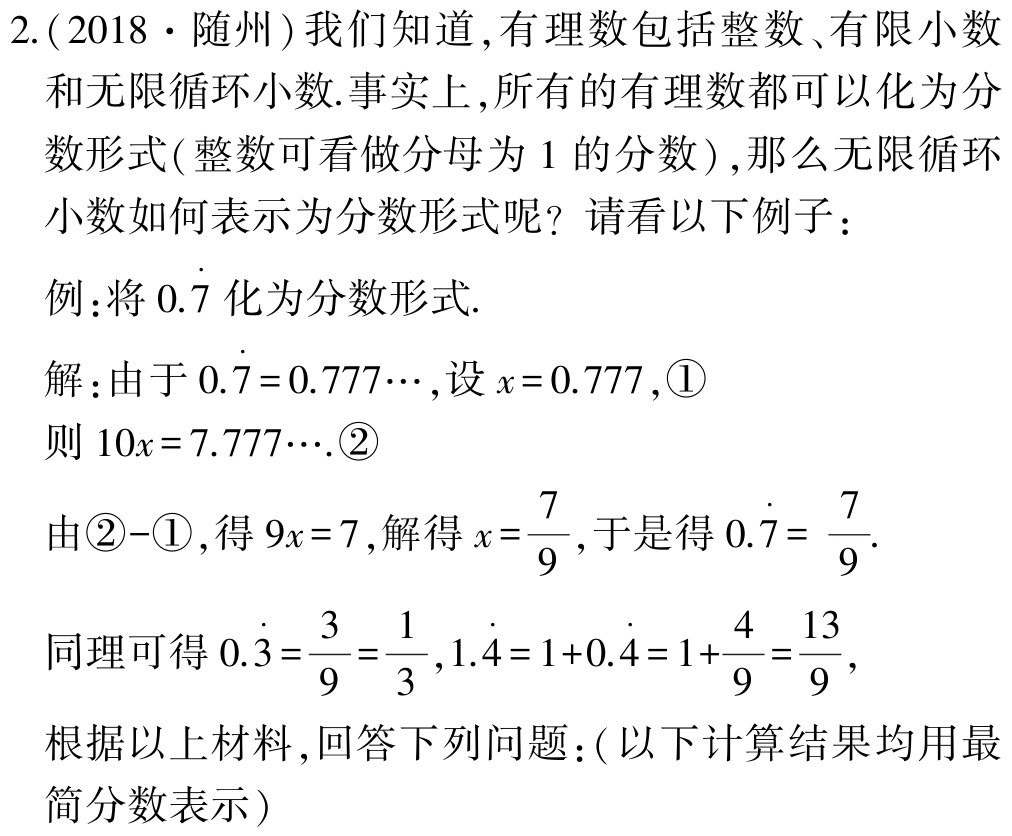
2.(2018·随州)我们知道,有理数包括整数、有限小数和无限循环小数.事实上,所有的有理数都可以化为分数形式(整数可看做分母为1的分数),那么无限循环小数如何表示为分数形式呢? 请看以下例子：

例:将\(0.\dot{7}\)化为分数形式.

解:由于\(0.\dot{7}=0.777\cdots\),设\(x = 0.777\),\textcircled{1}

则\(10x = 7.777\cdots\).\textcircled{2}

由\textcircled{2}-\textcircled{1},得\(9x = 7\),解得\(x=\frac{7}{9}\),于是得\(0.\dot{7}=\frac{7}{9}\).

同理可得\(0.\dot{3}=\frac{3}{9}=\frac{1}{3},1.\dot{4}=1 + 0.\dot{4}=1+\frac{4}{9}=\frac{13}{9}\),

根据以上材料,回答下列问题:(以下计算结果均用最简分数表示)